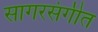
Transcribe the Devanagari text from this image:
सागरसंगीत